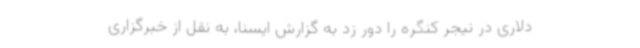
دلاری در نیجر کنگره را دور زد به گزارش ایسنا، به نقل از خبرگزاری